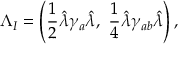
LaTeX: \Lambda _ { I } = \left( { \frac { 1 } { 2 } } \hat { \lambda } \gamma _ { a } \hat { \lambda } , ~ { \frac { 1 } { 4 } } \hat { \lambda } \gamma _ { a b } \hat { \lambda } \right) ,